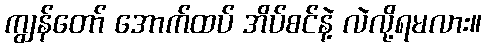
ကျွန်တော် အောက်ထပ် အိပ်စင်နဲ့ လဲလို့ရမလား။